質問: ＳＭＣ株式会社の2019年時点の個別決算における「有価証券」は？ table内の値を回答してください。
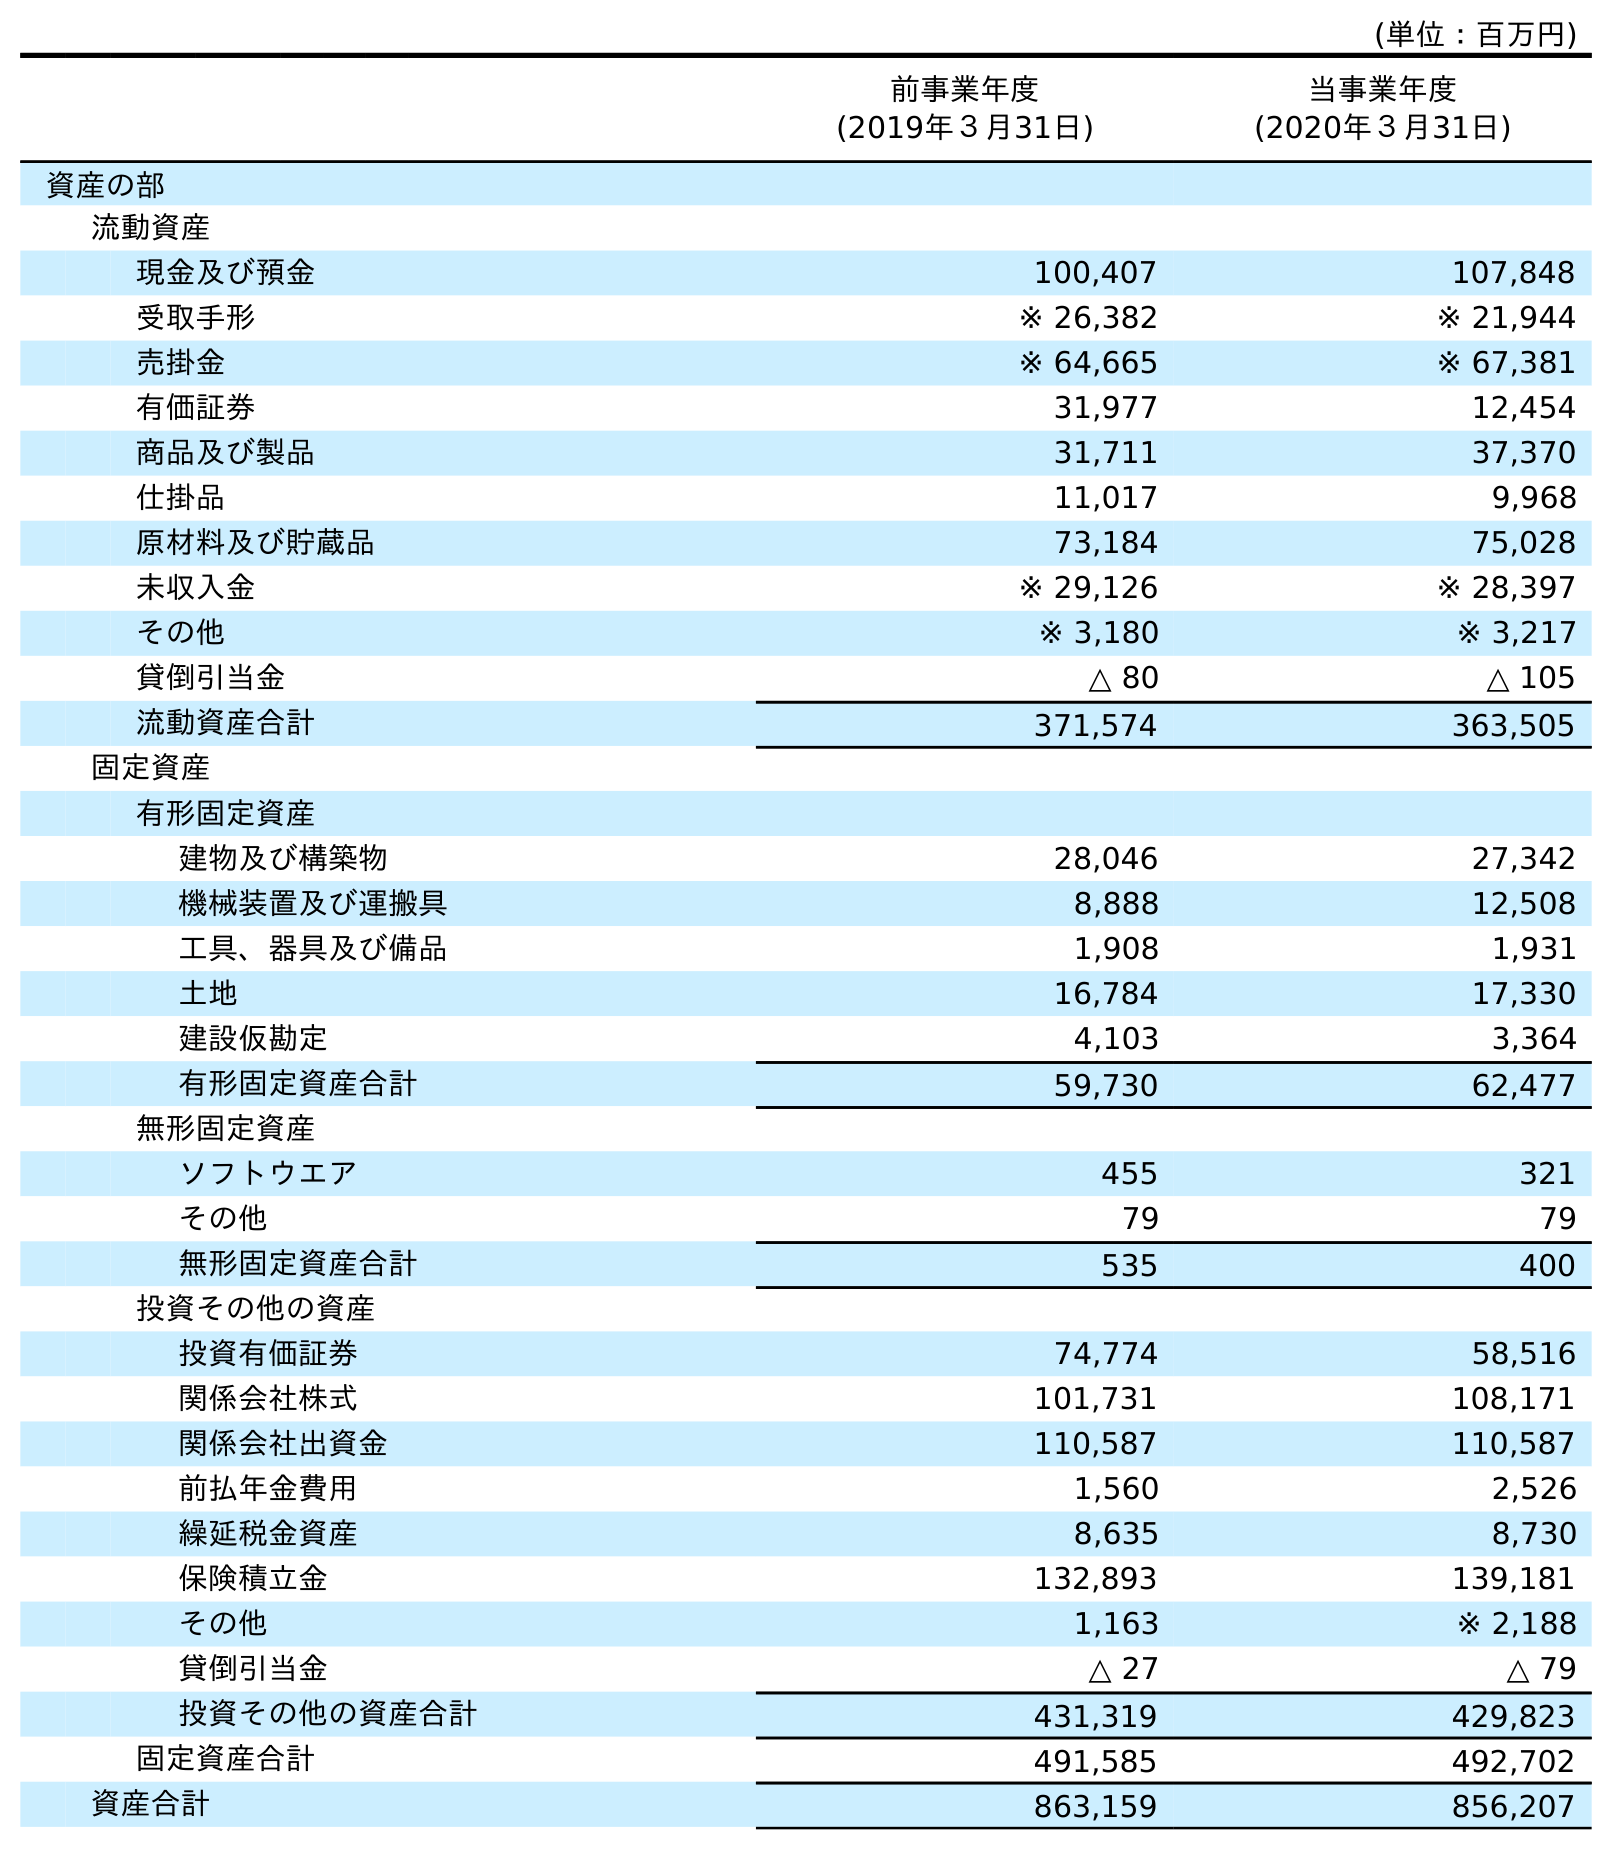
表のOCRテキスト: (単位：百万円) 前事業年度 (2019年３月31日) 当事業年度 (2020年３月31日) 資産の部 流動資産 現金及び預金 100,407 107,848 受取手形 ※ 26,382 ※ 21,944 売掛金 ※ 64,665 ※ 67,381 有価証券 31,977 12,454 商品及び製品 31,711 37,370 仕掛品 11,017 9,968 原材料及び貯蔵品 73,184 75,028 未収入金 ※ 29,126 ※ 28,397 その他 ※ 3,180 ※ 3,217 貸倒引当金 △ 80 △ 105 流動資産合計 371,574 363,505 固定資産 有形固定資産 建物及び構築物 28,046 27,342 機械装置及び運搬具 8,888 12,508 工具、器具及び備品 1,908 1,931 土地 16,784 17,330 建設仮勘定 4,103 3,364 有形固定資産合計 59,730 62,477 無形固定資産 ソフトウエア 455 321 その他 79 79 無形固定資産合計 535 400 投資その他の資産 投資有価証券 74,774 58,516 関係会社株式 101,731 108,171 関係会社出資金 110,587 110,587 前払年金費用 1,560 2,526 繰延税金資産 8,635 8,730 保険積立金 132,893 139,181 その他 1,163 ※ 2,188 貸倒引当金 △ 27 △ 79 投資その他の資産合計 431,319 429,823 固定資産合計 491,585 492,702 資産合計 863,159 856,207
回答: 31,977